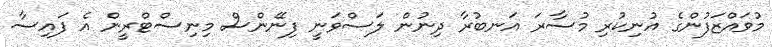
މުވައްޒަފުންގެ އުނިކުރި މުސާރަ އަނބުރާ ދިނުން ލަސްވަނީ ފިނޭންސް މިނިސްޓްރީން އެ ފައިސާ